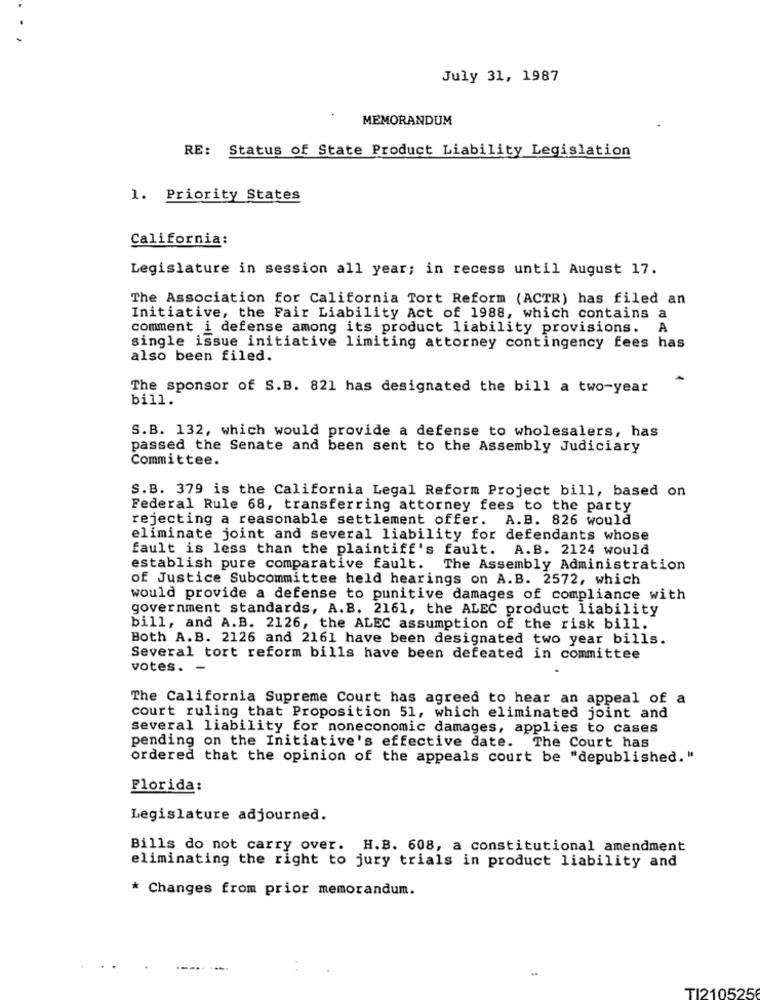
July 31, 1987
MEMORANDUM
RE: Status of State Product Liability Legislation
1. Priority States
California:
Legislature in session all year; in recess until August 17.
The Association for California Tort Reform (ACTR) has filed an
Initiative, the Fair Liability Act of 1988, which contains a
comment i defense among its product liability provisions.
A
single issue initiative limiting attorney contingency fees has
also been filed.
The sponsor of S.B. 821 has designated the bill a two-year
bill.
S.B. 132, which would provide a defense to wholesalers, has
passed the Senate and been sent to the Assembly Judiciary
Committee.
S.B. 379 is the California Legal Reform Project bill, based on
Federal Rule 68, transferring attorney fees to the party
rejecting a reasonable settlement offer. A.B. 826 would
eliminate joint and several liability for defendants whose
fault is less than the plaintiff's fault. A.B. 2124 would
establish pure comparative fault. The Assembly Administration
of Justice Subcommittee held hearings on A.B. 2572, which
would provide a defense to punitive damages of compliance with
government standards, A.B. 2161, the ALEC product liability
bill, and A.B. 2126, the ALEC assumption of the risk bill.
Both A.B. 2126 and 2161 have been designated two year bills.
Several tort reform bills have been defeated in committee
votes. -
The California Supreme Court has agreed to hear an appeal of a
court ruling that Proposition 51, which eliminated joint and
several liability for noneconomic damages, applies to cases
pending on the Initiative's effective date. The Court has
ordered that the opinion of the appeals court be "depublished."
Florida:
Legislature adjourned.
Bills do not carry over. H.B. 608, a constitutional amendment
eliminating the right to jury trials in product liability and
* Changes from prior memorandum.
TI210525